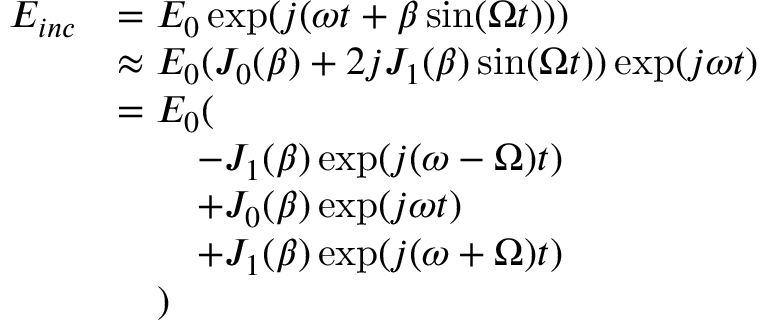
\begin{array} { r l } { E _ { i n c } } & { = E _ { 0 } \exp ( j ( \omega t + \beta \sin ( \Omega t ) ) ) } \\ & { \approx E _ { 0 } ( J _ { 0 } ( \beta ) + 2 j J _ { 1 } ( \beta ) \sin ( \Omega t ) ) \exp ( j \omega t ) } \\ & { = E _ { 0 } ( } \\ & { \quad \quad - J _ { 1 } ( \beta ) \exp ( j ( \omega - \Omega ) t ) } \\ & { \quad \quad + J _ { 0 } ( \beta ) \exp ( j \omega t ) } \\ & { \quad \quad + J _ { 1 } ( \beta ) \exp ( j ( \omega + \Omega ) t ) } \\ & { \quad ) } \end{array}